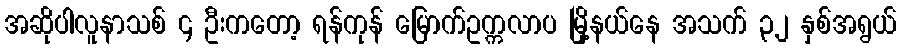
အဆိုပါလူနာသစ် ၄ ဦးကတော့ ရန်ကုန် မြောက်ဥက္ကလာပ မြို့နယ်နေ အသက် ၃၂ နှစ်အရွယ်